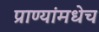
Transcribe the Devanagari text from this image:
प्राण्यांमधेच